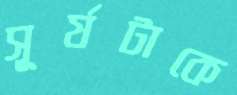
সূর্যটাকে